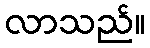
လာသည်။